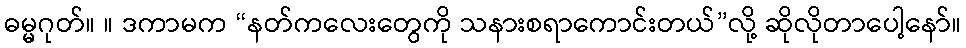
ဓမ္မဂုတ်။ ။ ဒကာမက “နတ်ကလေးတွေကို သနားစရာကောင်းတယ်”လို့ ဆိုလိုတာပေါ့နော်။